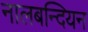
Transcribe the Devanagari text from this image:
नालबन्दियन